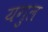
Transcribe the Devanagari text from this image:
यगुल